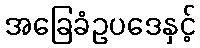
အခြေခံဥပဒေနှင့်